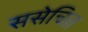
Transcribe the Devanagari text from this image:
ससेचित